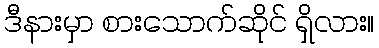
ဒီနားမှာ စားသောက်ဆိုင် ရှိလား။